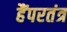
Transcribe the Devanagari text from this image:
हैंपरतंत्र